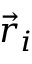
{ \vec { r } } _ { i }